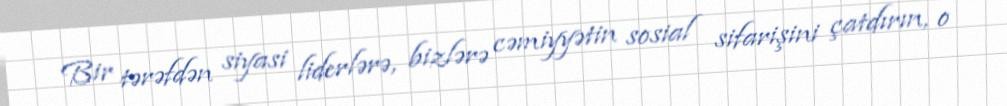
Bir tərəfdən siyasi liderlərə, bizlərə cəmiyyətin sosial sifarişini çatdırın, o